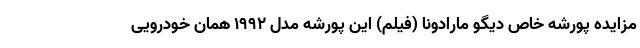
مزایده پورشه خاص دیگو مارادونا (فیلم) این پورشه مدل 1992 همان خودرویی